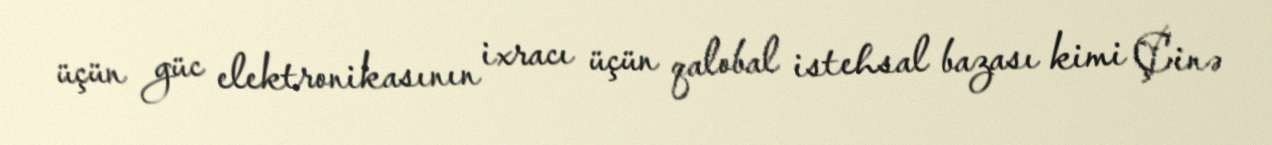
üçün güc elektronikasının ixracı üçün qalobal istehsal bazası kimi Çinə